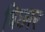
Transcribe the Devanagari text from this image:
विछार